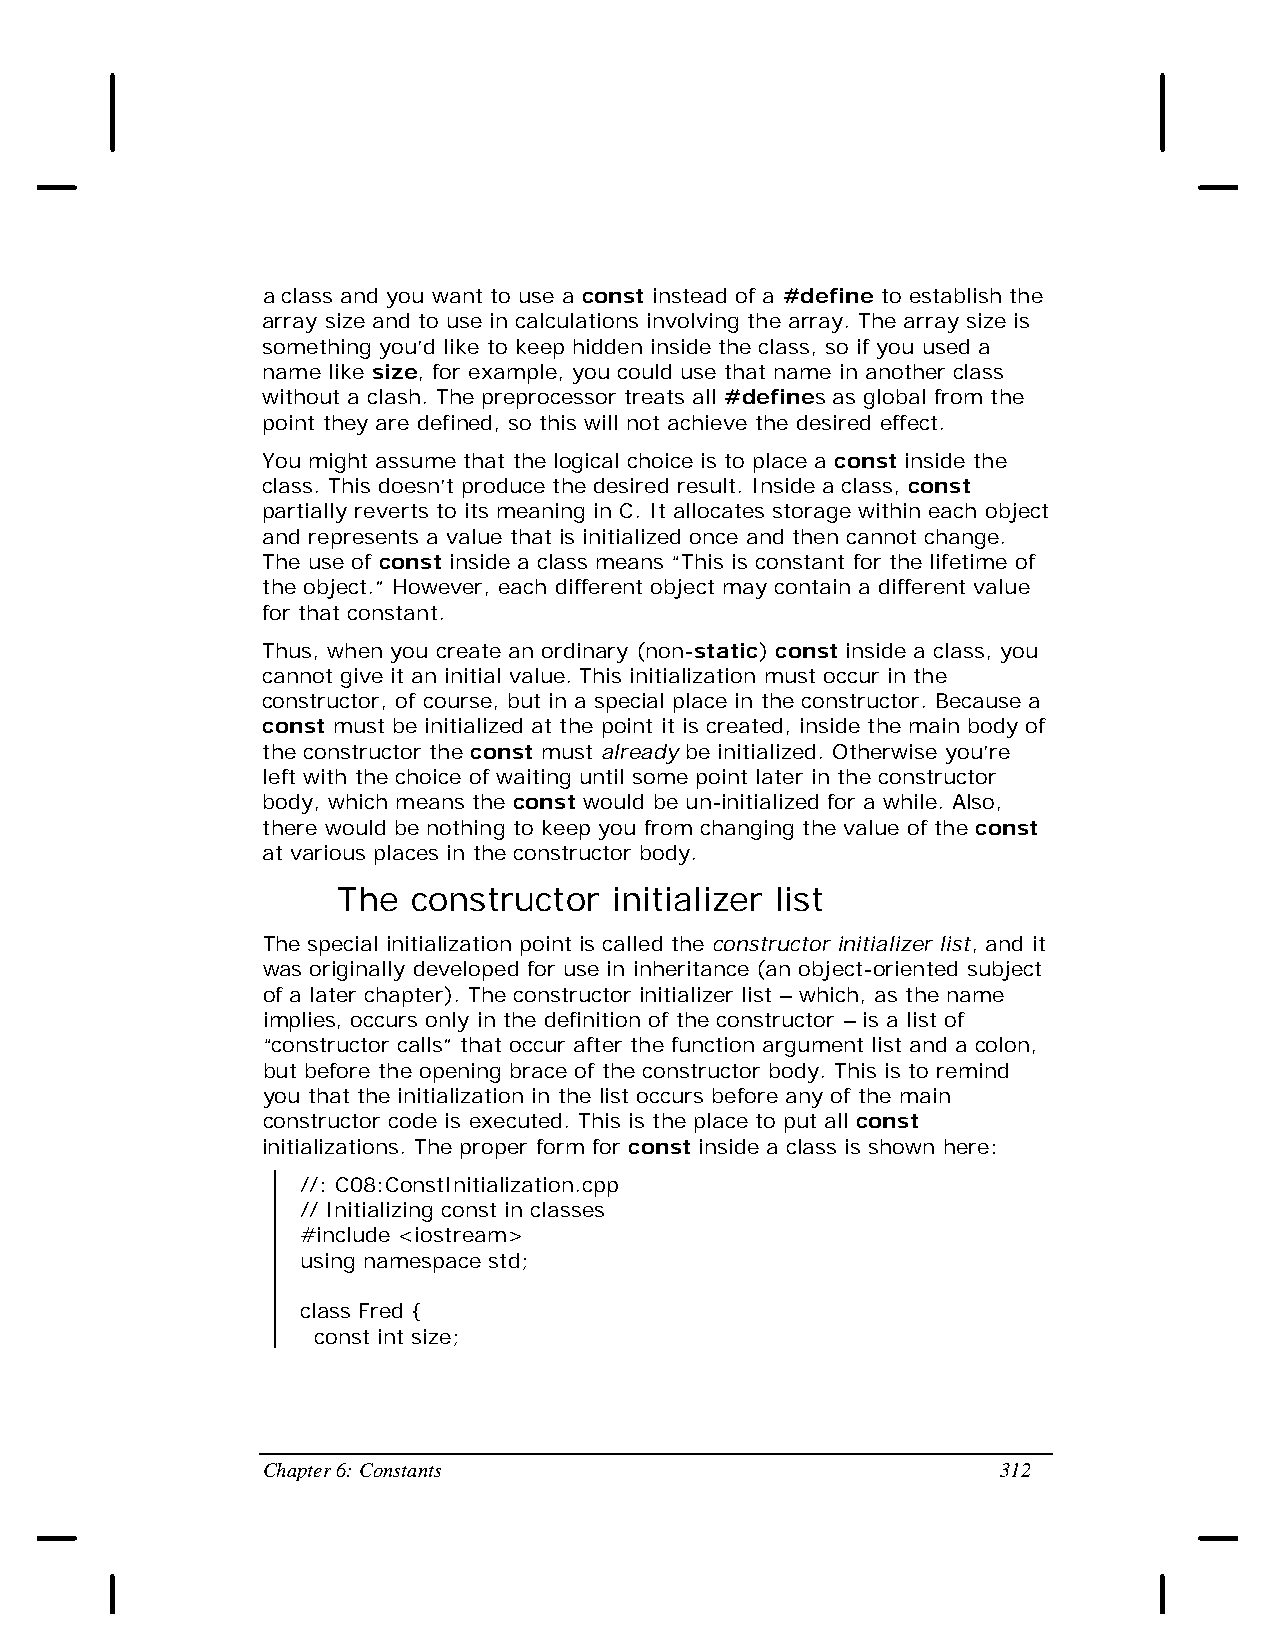
a class and you want to use a const instead of a #define to establish the
 array size and to use in calculations involving the array. The array size is
 something you’d like to keep hidden inside the class, so if you used a
 name like size, for example, you could use that name in another class
 without a clash. The preprocessor treats all #defines as global from the
 point they are defined, so this will not achieve the desired effect.
 You might assume that the logical choice is to place a const inside the
 class. This doesn’t produce the desired result. Inside a class, const
 partially reverts to its meaning in C. It allocates storage within each object
 and represents a value that is initialized once and then cannot change.
 The use of const inside a class means “This is constant for the lifetime of
 the object.” However, each different object may contain a different value
 for that constant.
 Thus, when you create an ordinary (non-static) const inside a class, you
 cannot give it an initial value. This initialization must occur in the
 constructor, of course, but in a special place in the constructor. Because a
 const must be initialized at the point it is created, inside the main body of
 the constructor the const must already be initialized. Otherwise you’re
 left with the choice of waiting until some point later in the constructor
 body, which means the const would be un-initialized for a while. Also,
 there would be nothing to keep you from changing the value of the const
 at various places in the constructor body.
 The  constructor   initializer list
 The special initialization point is called the constructor initializer list, and it
 was originally developed for use in inheritance (an object-oriented subject
 of a later chapter). The constructor initializer list – which, as the name
 implies, occurs only in the definition of the constructor – is a list of
 “constructor calls” that occur after the function argument list and a colon,
 but before the opening brace of the constructor body. This is to remind
 you that the initialization in the list occurs before any of the main
 constructor code is executed. This is the place to put all const
 initializations. The proper form for const inside a class is shown here:
 //: C08:ConstInitialization.cpp
 // Initializing const in classes
 #include <iostream>
 using namespace std;
 class Fred {
 const int size;
 Chapter 6: Constants                             312